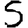
Digit: 5